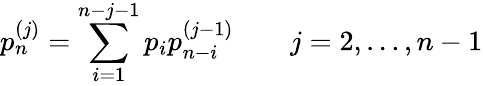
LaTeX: p_{n}^{(j)}=\sum_{i=1}^{n-j-1}p_{i}p_{n-i}^{(j-1)}\qquad j=2,\ldots,n-1